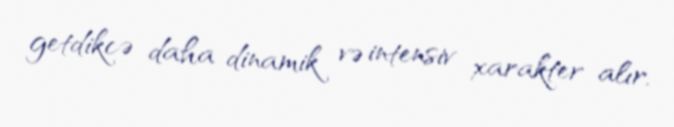
getdikcə daha dinamik və intensiv xarakter alır.